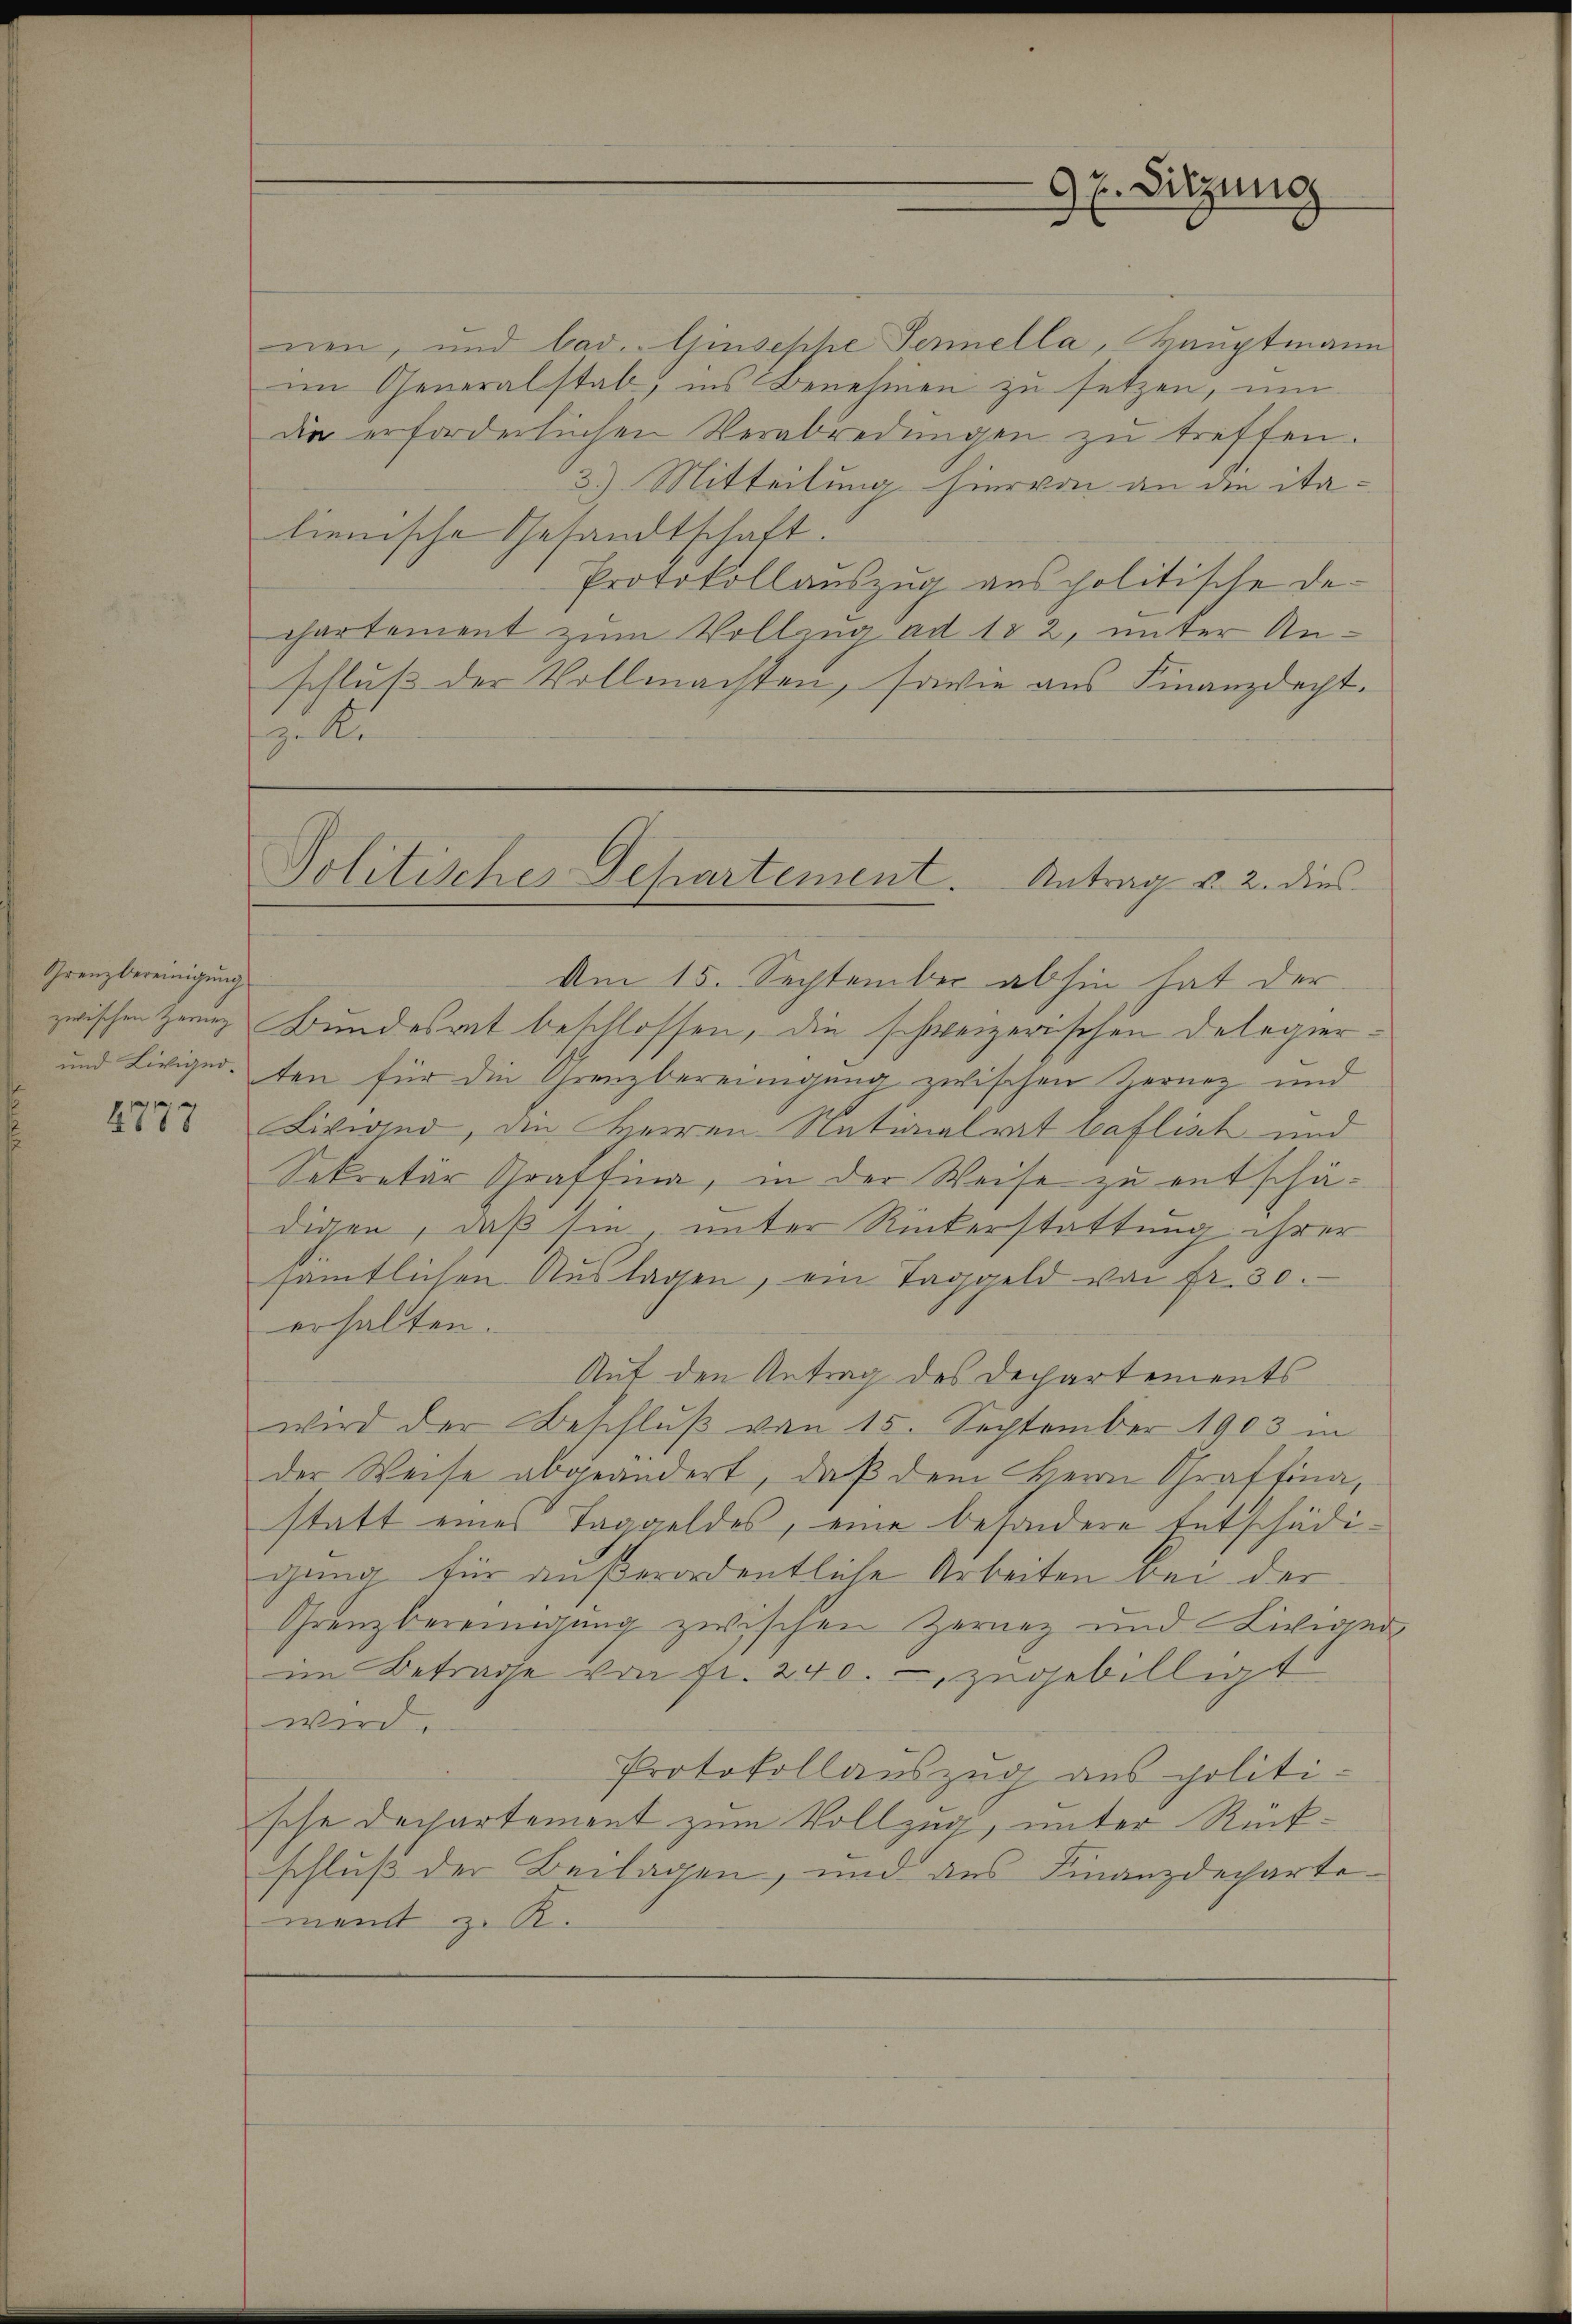
Grenzbereinigung
zwischen Herung

2777

nen, und bad.  Giusephe Feriella, Hauptmann
im Generalstab, ins Benehmen zu setzen, um
die erforderlichen Verabredungen zu treffen.
3.) Mitteilung hiervon an die ita-
lienische Gesandtschaft.
Protokollauszug aus politische Dechartement zum Vollzug ad 102, unter Anschluß der Vollmachten, sowie aus Finanzdacht.
zuli

Am 15. September abhin hat der
Bundesrat beschlossen, die schweizerischen Delegier¬
und Liviger. ten für die Grenzbereinigung zwischen Sernez und
Kivignd, die Herren Nationalrat baflisch und
Sekretär Graffina, in der Weise zu entschädigen, daß sie, unter Rückerstattung ihrer
sämtlichen Auslagen, ein Taggeld von fr. 30.
erhalten.
Aut den Antrag des Departements
wird der Beschluß von 15. September 1903 in
der Weise abgeändert, daß dem Herrn Graffina,
statt eines Taggeldes, eine besondere Entschädigung für außerordentliche Arbeiten bei der
Grenzbereinigung zwischen Zarnez und Liviger
im Betrage von Fr. 240. zugebilligt
wird.
Protokollauszug aus politische Dechartement zum Vollzug, unter Rückschluß der Beilagen, und des Finanzdepartement z. R.

9 E. Sitzung

Politischer Departement. Antrag u. 2. dies